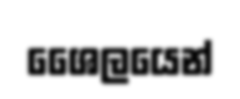
ශෛලයෙන්